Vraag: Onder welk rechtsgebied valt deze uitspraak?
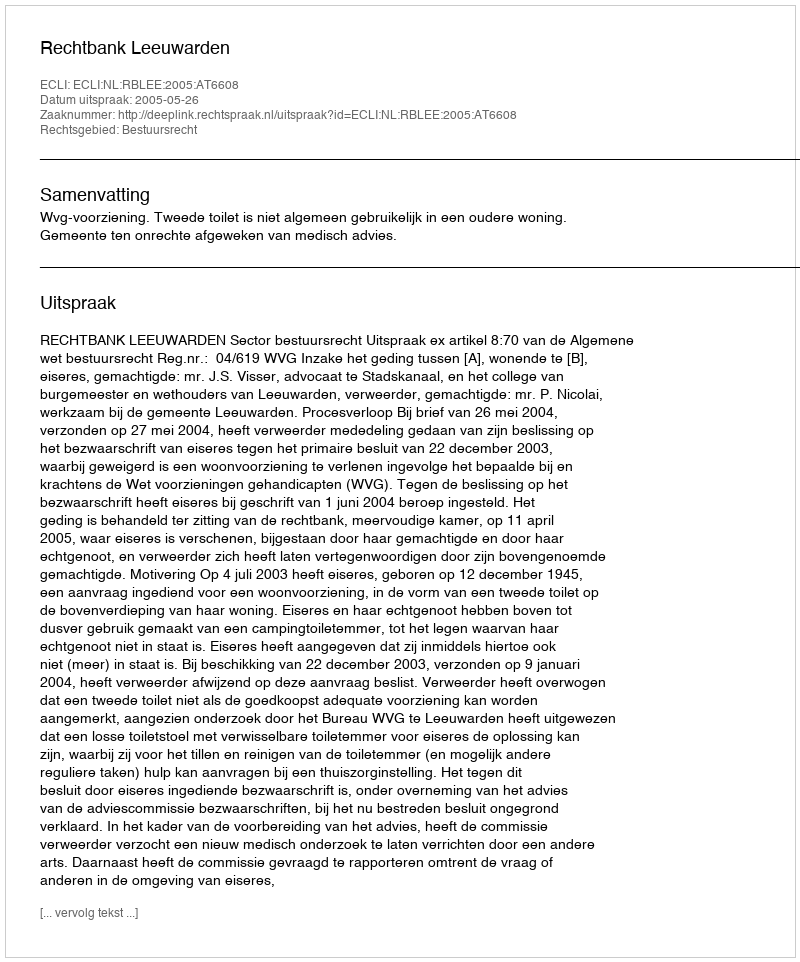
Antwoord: Bestuursrecht